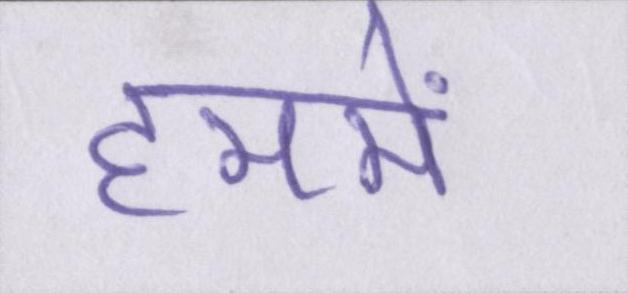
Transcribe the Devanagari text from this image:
हममें